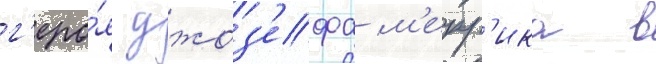
г'еро́я джоз'ефа м'ерр'ика в